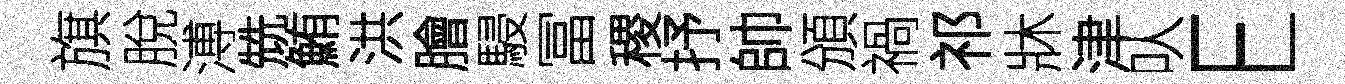
旗脫溥兟鮪洪膾駸冨稷抒帥頒禍祁牀津㕥E